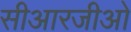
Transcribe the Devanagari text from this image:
सीआरजीओ